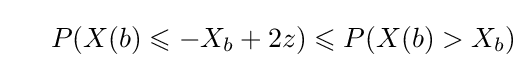
\ \ \ \ P(X(b)\leqslant -X_{b}+2z)\leqslant P(X(b)>X_{b})